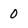
Character: 0